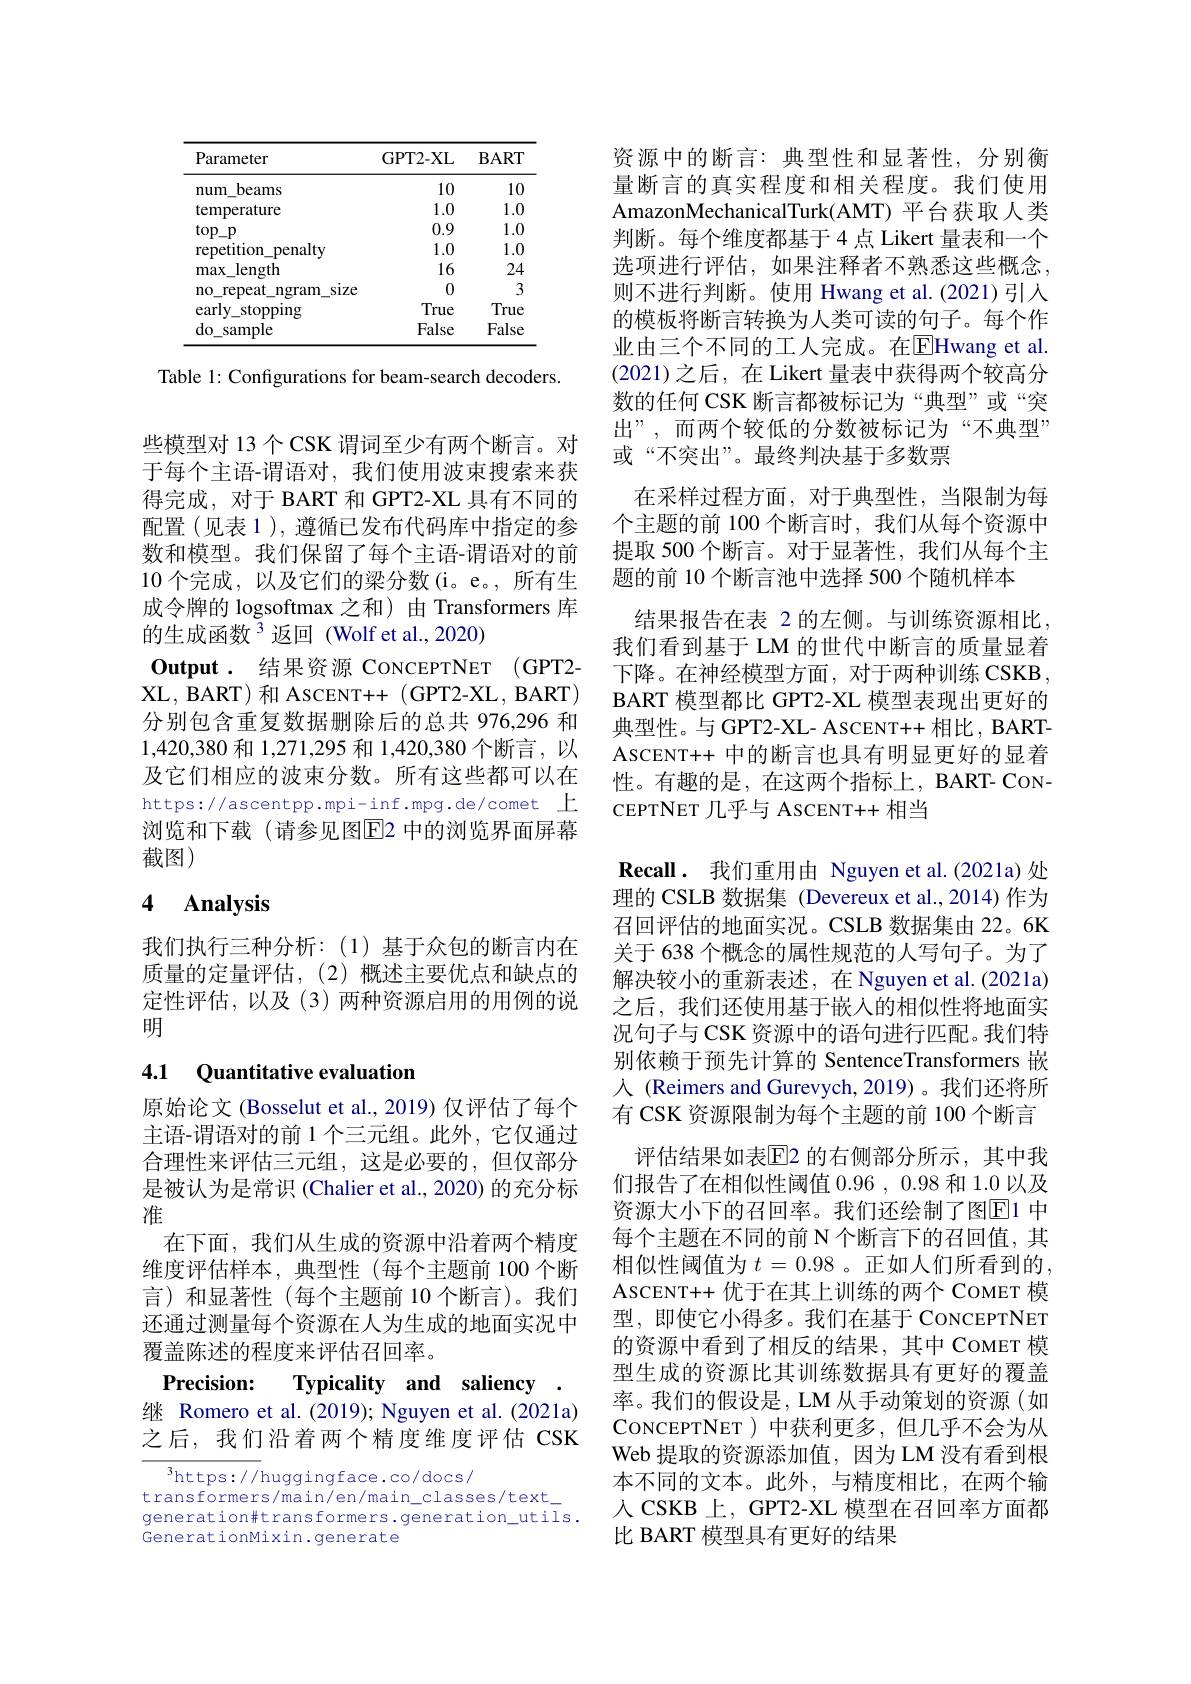
<table>
	<tbody>
		<tr>
			<th>Parameter</th>
			<th>GPT2- XL</th>
			<th>$\mathbf{BART}$</th>
		</tr>
		<tr>
			<td>num beams</td>
			<td>10</td>
			<td>10</td>
		</tr>
		<tr>
			<td>temperature</td>
			<td>1.0</td>
			<td>1.0</td>
		</tr>
		<tr>
			<td>$top\_p$</td>
			<td>0.9</td>
			<td>1.0</td>
		</tr>
		<tr>
			<td>repetition penalty</td>
			<td>1.0</td>
			<td>1.0</td>
		</tr>
		<tr>
			<td>max length</td>
			<td>16</td>
			<td>24</td>
		</tr>
		<tr>
			<td>$n0$ repeat $\operatorname{ngram}$ SlZe</td>
			<td>0</td>
			<td>3</td>
		</tr>
		<tr>
			<td>early\_ stopping</td>
			<td>True</td>
			<td>True</td>
		</tr>
		<tr>
			<td>$do_{\mathrm{m}}$ sample</td>
			<td>False</td>
			<td>False</td>
		</tr>
	</tbody>
</table>

Table 1: Configurations for beam-search decoders.

些模型对 13 个 CSK 谓词至少有两个断言。对于每个主语-谓语对，我们使用波束搜索来获得完成，对于 BART 和 GPT2-XL 具有不同的配置(见表 1 ), 遵循已发布代码库中指定的参数和模型。我们保留了每个主语-谓语对的前10 个完成，以及它们的梁分数 (i。e。, 所有生成令牌的 logsoftmax 之和) 由 Transformers 库的生成函数$^3$返回(Wolfet al.,2020)
Output. 结果资源 CONCEPTNET (GPT2- XL, BART) 和 ASCENT++ ( GPT2-XL, BART) 分别包含重复数据删除后的总共 976,296 和1,420,380和 1,271,295 和 1,420,380 个断言，以及它们相应的波束分数。所有这些都可以在https://ascentpp.mpi-inf.mpg.de/comet 上浏览和下载(请参见图E2 中的浏览界面屏幕截图)

### 4 $\mathbf{Analysis}$

我们执行三种分析：(1)基于众包的断言内在质量的定量评估，(2)概述主要优点和缺点的定性评估，以及(3)两种资源启用的用例的说明

## 4.1 Quantitative evaluation

原始论文 (Bosselut et al., 2019) 仅评估了每个主语-谓语对的前 1 个三元组。此外，它仅通过合理性来评估三元组，这是必要的，但仅部分是被认为是常识 (Chalier et al., 2020) 的充分标准
在下面，我们从生成的资源中沿着两个精度维度评估样本，典型性(每个主题前 100 个断言)和显著性(每个主题前 10 个断言)。我们还通过测量每个资源在人为生成的地面实况中覆盖陈述的程度来评估召回率。
Precision: Typicality and saliency .

继 Romero et al.(2019); Nguyen et al.(2021a) 之后，我们沿着两个精度维度评估 CSK

$^3$https://huggingface.co/docs/
transformers/main/en/main\_classes/text\_ generation#transformers.generation_utils. GenerationMixin.generate

资源中的断言：典型性和显著性，分别衡量断言的真实程度和相关程度。我们使用AmazonMechanicalTurk(AMT) 平台获取人类判断。每个维度都基于 4 点 Likert 量表和一个选项进行评估，如果注释者不熟悉这些概念， 则不进行判断。使用 Hwang et al.(2021)引人的模板将断言转换为人类可读的句子。每个作业由三个不同的工人完成。在$\overline{\mathrm{E}}$Hwang et al. (2021)之后，在Likert 量表中获得两个较高分数的任何 CSK 断言都被标记为“典型”或“突出”,而两个较低的分数被标记为“不典型” 或“不突出”。最终判决基于多数票
在采样过程方面，对于典型性，当限制为每个主题的前 100 个断言时，我们从每个资源中提取 500 个断言。对于显著性，我们从每个主题的前 10 个断言池中选择 500 个随机样本
结果报告在表 2 的左侧。与训练资源相比， 我们看到基于 LM 的世代中断言的质量显着下降。在神经模型方面，对于两种训练 CSKB, BART 模型都比 GPT2-XL 模型表现出更好的典型性。与 GPT2-XL- ASCENT++ 相比 , BARTASCENT+ + 中的断言也具有明显更好的显着性。有趣的是，在这两个指标上，BART- CONCEPTNET 几乎与 ASCENT++ 相当
Recall. 我们重用由 Nguyen et al.(2021a)处理的 CSLB 数据集 (Devereux et al.,2014)作为召回评估的地面实况。CSLB 数据集由 22。6K 关于 638 个概念的属性规范的人写句子。为了解决较小的重新表述，在 Nguyen et al. (2021a) 之后，我们还使用基于嵌入的相似性将地面实况句子与 CSK 资源中的语句进行匹配。我们特别依赖于预先计算的 SentenceTransformers 嵌人 (Reimers and Gurevych, 2019)。我们还将所有 CSK 资源限制为每个主题的前 100 个断言
评估结果如表$\overline{\mathrm{E}}$2 的右侧部分所示，其中我们报告了在相似性阈值0.96 , 0.98和 1.0 以及资源大小下的召回率。我们还绘制了图$\overline{\mathrm{E}}$1 中每个主题在不同的前 N 个断言下的召回值，其相似性阈值为 $t=0.98$ 。正如人们所看到的， ASCENT++ 优于在其上训练的两个 COMET 模型，即使它小得多。我们在基于 CONCEPTNET 的资源中看到了相反的结果，其中 COMET 模型生成的资源比其训练数据具有更好的覆盖率。我们的假设是，LM 从手动策划的资源(如CONCEPTNET ) 中获利更多，但几乎不会为从Web 提取的资源添加值，因为 LM 没有看到根本不同的文本。此外，与精度相比，在两个输人 CSKB 上，GPT2-XL 模型在召回率方面都比 BART 模型具有更好的结果